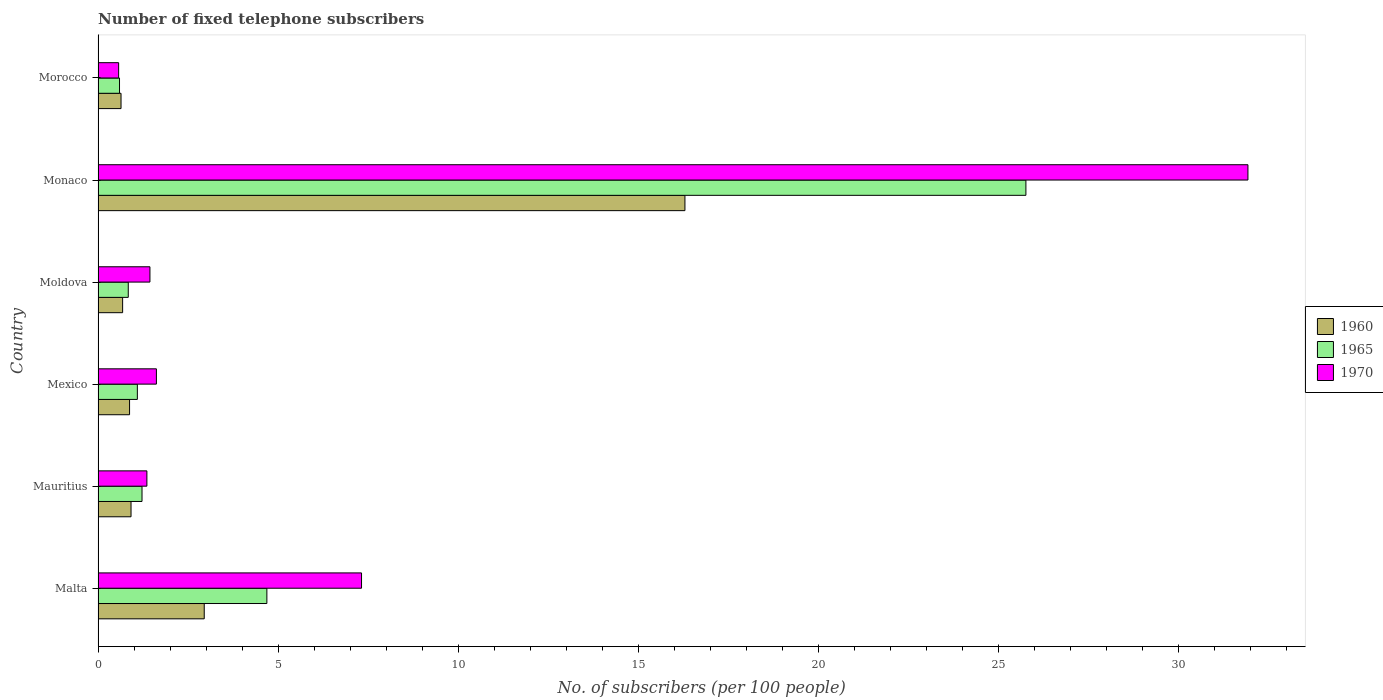
| Country | 1960 | 1965 | 1970 |
 | --- | --- | --- | --- |
 | Malta | 2.95 | 4.69 | 7.32 |
 | Mauritius | 0.916 | 1.22 | 1.36 |
 | Mexico | 0.875 | 1.09 | 1.62 |
 | Moldova | 0.683 | 0.839 | 1.44 |
 | Monaco | 16.3 | 25.8 | 31.9 |
 | Morocco | 0.638 | 0.596 | 0.572 |